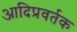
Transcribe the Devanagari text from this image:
आदिप्रवर्तक